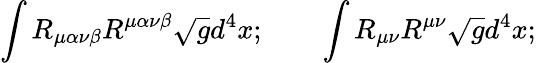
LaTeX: \int R_{\mu\alpha\nu\beta}R^{\mu\alpha\nu\beta}\sqrt{g}d^{4}x;\qquad\int R_{\mu\nu}R^{\mu\nu}\sqrt{g}d^{4}x;